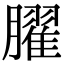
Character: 𦡱